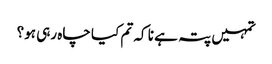
تمہیں پتہ ہے نا کہ تم کیا چاہ رہی ہو؟